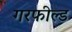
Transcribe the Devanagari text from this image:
गरफील्ड